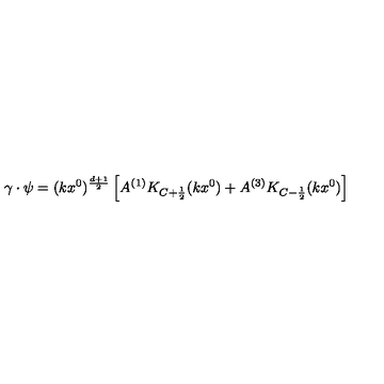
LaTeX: \gamma \cdot \psi = ( k x ^ { 0 } ) ^ { \frac { d + 1 } { 2 } } \left[ A ^ { ( 1 ) } K _ { C + \frac { 1 } { 2 } } ( k x ^ { 0 } ) + A ^ { ( 3 ) } K _ { C - \frac { 1 } { 2 } } ( k x ^ { 0 } ) \right]